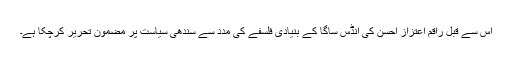
اس سے قبل راقم اعتزاز احسن کی انڈس ساگا کے بنیادی فلسفے کی مدد سے سندھی سیاست پر مضمون تحریر کرچکا ہے۔